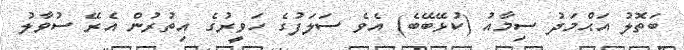
ބަތޮލު އަޙްމަދު ސިމާއު (ކުޅޭބޭބެ) އެވެ ސަލަފުގެ ހަވީރުގެ އިތުރުން އެރޭ ސުވާލު